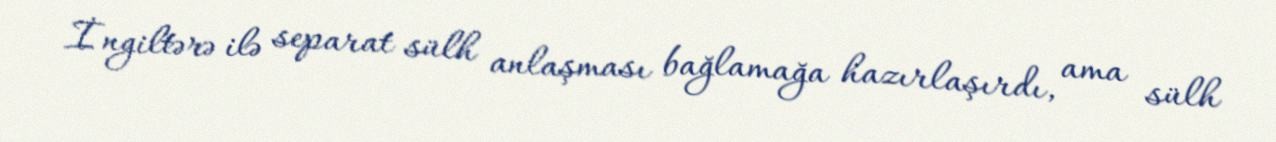
İngiltərə ilə separat sülh anlaşması bağlamağa hazırlaşırdı, ama sülh